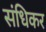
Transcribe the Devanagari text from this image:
संधिकर